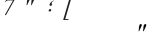
"